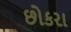
છોકરા